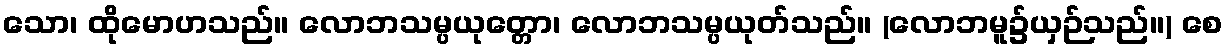
သော၊ ထိုမောဟသည်။ လောဘသမ္ပယုတ္တော၊ လောဘသမ္ပယုတ်သည်။ (လောဘမူ၌ယှဉ်သည်။) စေ